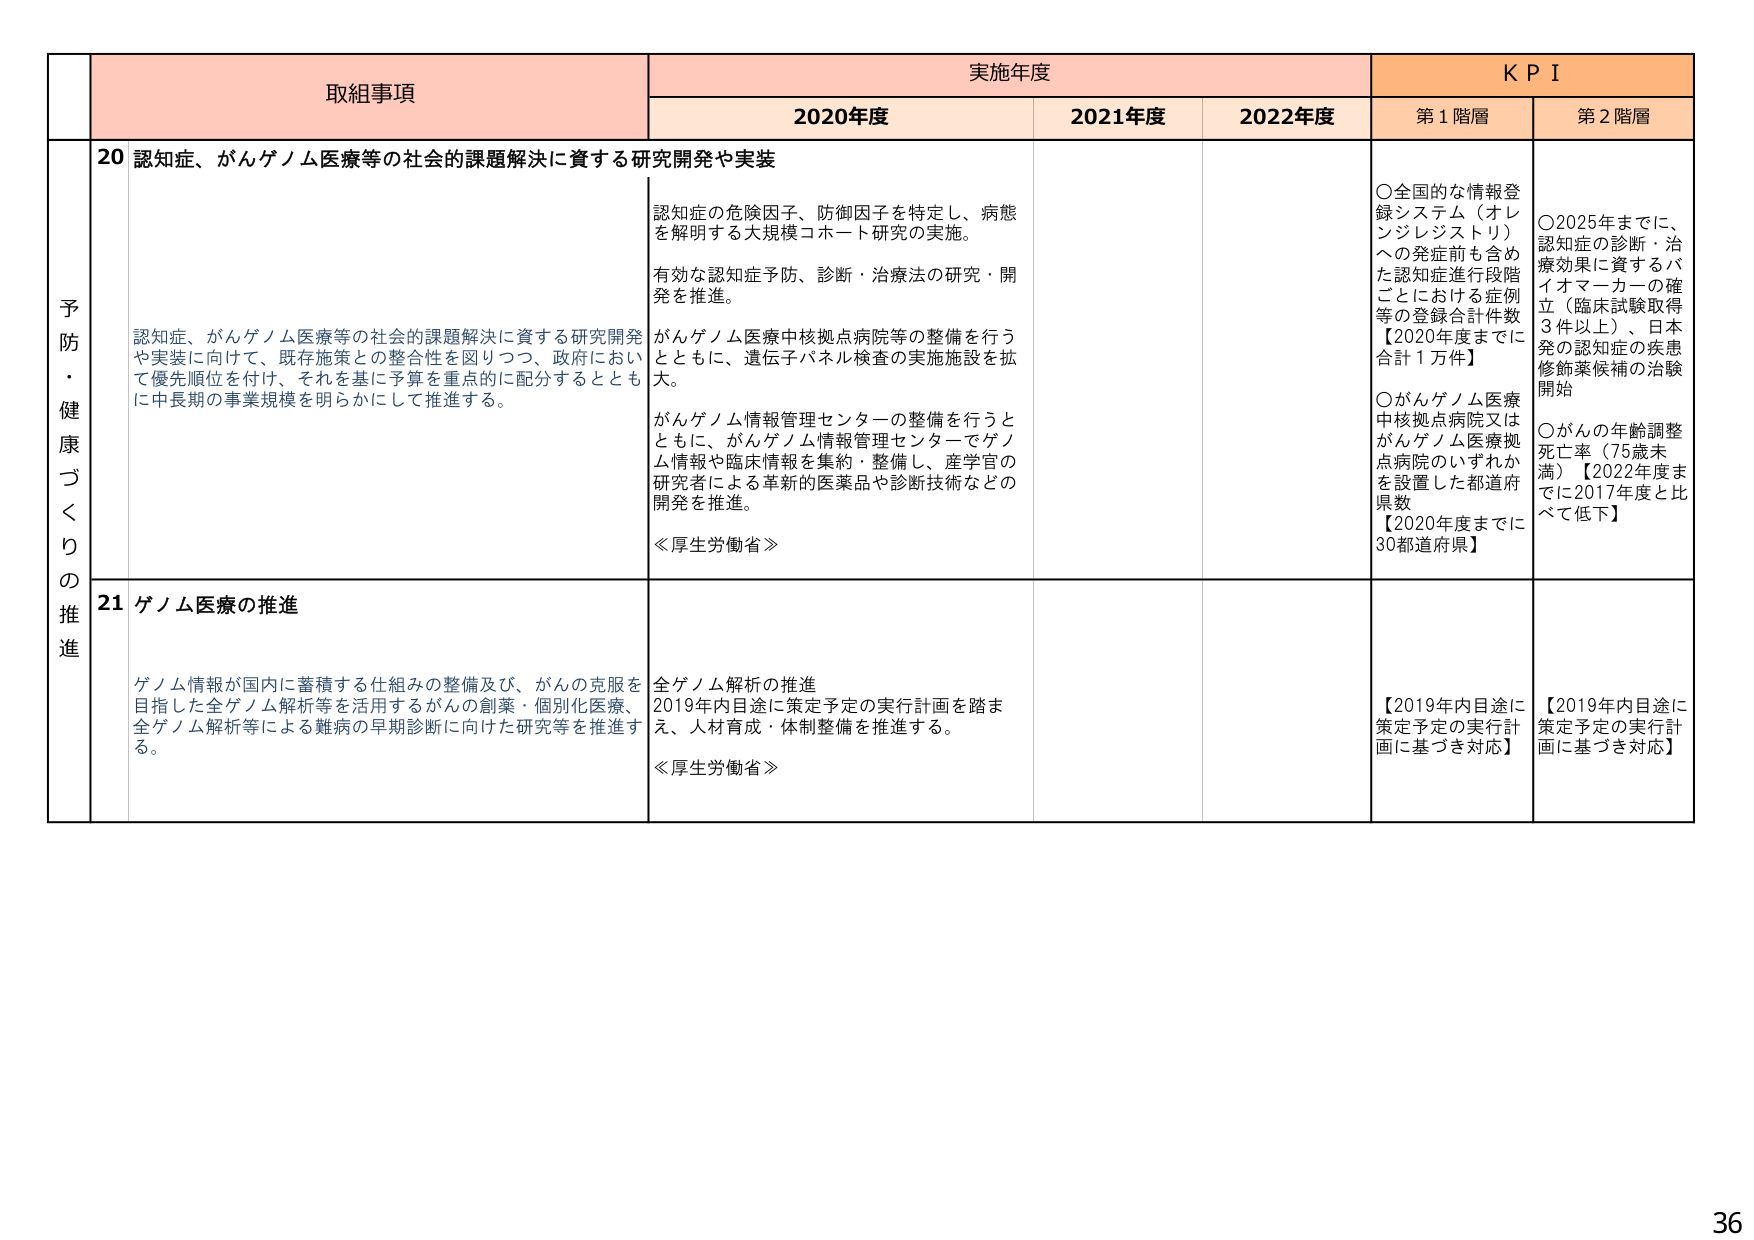
予防・健康づくりの推進

取組事項
実施年度
KPI

2020年度
2021年度
2022年度
第1階層
第2階層

20 認知症、がんゲノム医療等の社会的課題解決に資する研究開発や実装

認知症の危険因子、防御因子を特定し、病態を解明する大規模コホート研究の実施。
有効な認知症予防、診断・治療法の研究・開発を推進。
がんゲノム医療中核拠点病院等の整備を行うとともに、遺伝子パネル検査の実施施設を拡大。
がんゲノム情報管理センターの整備を行うとともに、がんゲノム情報管理センターでゲノム情報や臨床情報を集約・整備し、産学官の研究者による革新的医薬品や診断技術などの開発を推進。
≪厚生労働省≫

○全国的な情報登録システム（オレンジレジストリ）への発症前も含めた認知症進行段階ごとにおける症例等の登録合計件数【2020年度までに合計1万件】
○がんゲノム医療中核拠点病院又はがんゲノム医療拠点病院のいずれかを設置した都道府県数【2020年度までに30都道府県】

○2025年までに、認知症の診断・治療効果に資するバイオマーカーの確立（臨床試験取得3件以上）、日本発の認知症の疾患修飾薬候補の治験開始
○がんの年齢調整死亡率（75歳未満）【2022年度までに2017年度と比べて低下】

認知症、がんゲノム医療等の社会的課題解決に資する研究開発や実装に向けて、既存施策との整合性を図りつつ、政府において優先順位を付け、それを基に予算を重点的に配分するとともに中長期の事業規模を明らかにして推進する。

21 ゲノム医療の推進

ゲノム情報が国内に蓄積する仕組みの整備及び、がんの克服を目指した全ゲノム解析等を活用するがんの創薬・個別化医療、全ゲノム解析等による難病の早期診断に向けた研究等を推進する。

全ゲノム解析の推進
2019年内目途に策定予定の実行計画を踏まえ、人材育成・体制整備を推進する。
≪厚生労働省≫

【2019年内目途に策定予定の実行計画に基づき対応】
【2019年内目途に策定予定の実行計画に基づき対応】

36